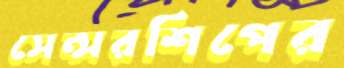
সেন্সরশিপের